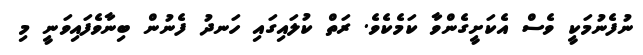
ނުފެނުމަކީ ވެސް އެކަށީގެންވާ ކަމެކެވެ. ރަތް ކުލައިގައި ހަނދު ފެނުން ބިނާވެފައިވަނީ މި